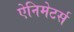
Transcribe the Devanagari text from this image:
ऐनिमेटर्स